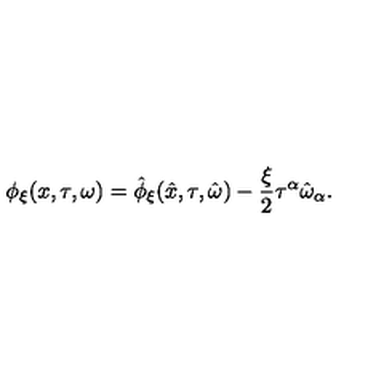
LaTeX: \phi _ { \xi } ( x , \tau , \omega ) = \hat { \phi } _ { \xi } ( \hat { x } , \tau , \hat { \omega } ) - \frac { \xi } { 2 } \tau ^ { \alpha } \hat { \omega } _ { \alpha } .